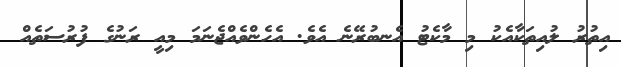
އިތުުުރު ލުއިތަކާއެކު މި މާކެޓު އެނބުރޭނެ އެވެ. އެހެންވެއްޖެނަމަ މިއީ ރަނުގެ ފުރުސަތެއް